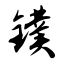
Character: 镤